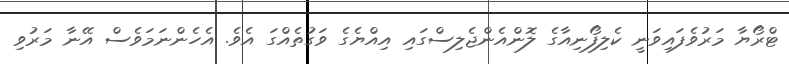
ޓްރޯޔާ މަރުވެފައިވަނީ ކެލިފޯނިއާގެ ލޮންއެންޖެލިސްގައި އިއްޔެގެ ވަގުތެއްގަ އެވެ. އެހެންނަމަވެސް އޭނާ މަރުވި